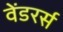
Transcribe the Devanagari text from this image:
वेंडरर्स